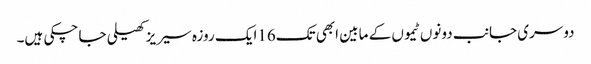
دوسری جانب دونوں ٹیموں کے مابین ابھی تک16ایک روزہ سیر یز کھیلی جا چکی ہیں۔